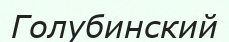
Голубинский